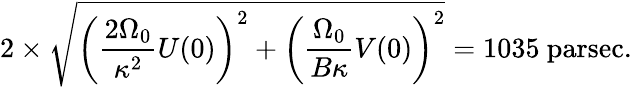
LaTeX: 2\times{\sqrt{\left({\frac{2\Omega_{0}}{\kappa^{2}}}U(0)\right)^{2}+\left({\frac{\Omega_{0}}{B\kappa}}V(0)\right)^{2}}}=1035{\mathrm{~parsec}}.